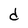
Character: d